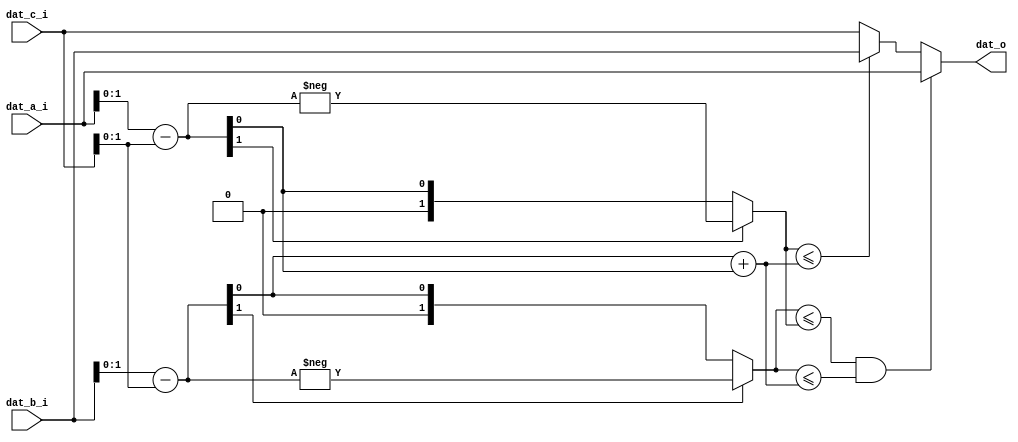
//------------------------------------------------------------------------------
  //
  //  Description   : paeth predictor 
  //
//------------------------------------------------------------------------------
  //  c b
  //  a x
//------------------------------------------------------------------------------

module filter_paeth(
  dat_a_i,
  dat_b_i,
  dat_c_i,
  dat_o
);

//***   PARAMETER   ***********************************************************
  parameter    DATA_WD = -1  ;

//***   INPUT / OUTPUT   ******************************************************
  input     [DATA_WD-1 :0]    dat_a_i  ;
  input     [DATA_WD-1 :0]    dat_b_i  ;
  input     [DATA_WD-1 :0]    dat_c_i  ;
  output    [DATA_WD-1 :0]    dat_o    ;


//***   WIRE / REG   **********************************************************
  wire    [DATA_WD+1-1 :0]      pa_w  ;
  wire    [DATA_WD+1-1 :0]      pb_w  ;
  wire    [DATA_WD+2-1 :0]      pc_w  ;

  wire signed [DATA_WD+1-1 :0]  pa_signed_w ;
  wire signed [DATA_WD+1-1 :0]  pb_signed_w ;
  wire signed [DATA_WD+2-1 :0]  pc_signed_w ;


//***   MAIN BODY   ***********************************************************
//---    Algorithm    -------------------------------------
  //     p  = a + b - c
  //     pa = abs(p - a) = abs(b - c)
  //     pb = abs(p - b) = abs(a - c)
  //     pc = abs(p - c) = abs(a + b - 2c)
  //     if min{pa, pb, pc} = px, o = x

  // px_signed_w
  assign pa_signed_w = dat_b_i     -  dat_c_i    ;
  assign pb_signed_w = dat_a_i     -  dat_c_i    ;
  assign pc_signed_w = pa_signed_w + pb_signed_w ;

  // px_w
  assign pa_w = pa_signed_w[DATA_WD+1-1] ? -pa_signed_w : pa_signed_w ;
  assign pb_w = pb_signed_w[DATA_WD+1-1] ? -pb_signed_w : pb_signed_w ;
  assign pc_w = pc_signed_w[DATA_WD+2-1] ? -pc_signed_w : pc_signed_w ;

  // dat_o
  assign dat_o = (pa_w <= pb_w && pa_w <= pc_w) ? dat_a_i :
                 (pb_w <= pc_w)                 ? dat_b_i :
                                                  dat_c_i ;
endmodule